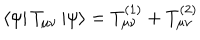
\left< \psi \right| T _ { \mu \nu } \left| \psi \right> = T _ { \mu \nu } ^ { ( 1 ) } + T _ { \mu \nu } ^ { ( 2 ) }